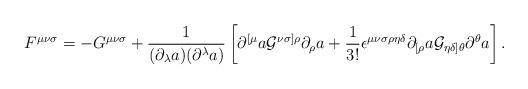
LaTeX: \begin{align*}F^{{\mu}{\nu}{\sigma}}=-G^{{\mu}{\nu}{\sigma}}+\frac{1}{({\partial}_{\lambda}a)({\partial}^{\lambda}a)}\left[{\partial}^{[{\mu}}a{\cal G}^{{\nu}{\sigma}]{\rho}}{\partial}_{\rho}a+\frac{1}{3!}{\epsilon}^{{\mu}{\nu}{\sigma}{\rho}{\eta}{\delta}}{\partial}_{[{\rho}}a{\cal G}_{{\eta}{\delta}]{\theta}}{\partial}^{\theta}a\right].\end{align*}